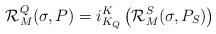
LaTeX: \begin{align*}\mathcal{R}_M^Q(\sigma,P)=i_{K_Q}^K\left( \mathcal{R}^S_M(\sigma,P_S)\right)\end{align*}